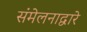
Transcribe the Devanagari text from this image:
संमेलनाद्वारे